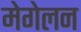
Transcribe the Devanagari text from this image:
मेगेलन